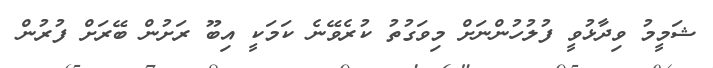
ޝަމީމު ވިދާޅުވީ ފުލުހުންނަށް މިވަގުތު ކުރެވޭނެ ކަމަކީ އިބޫ ރަށުން ބޭރަށް ފުރުން